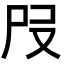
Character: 𡰻